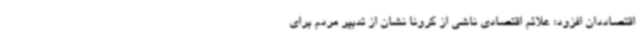
اقتصاددان افزود: علائم اقتصادی ناشی از کرونا نشان از تدبیر مردم برای